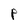
Character: P